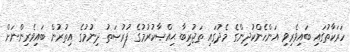
ހަރަކާތުގައި ބައިވެރިވި އަންހެންކުދިންގެ މެދުގައި ތަޖުރިބާ ޙިއްޞާކުރުމުގެ ފުރުޞަތު ދިނުމުގެ އިތުރުން ބައިވެރިންނަށް